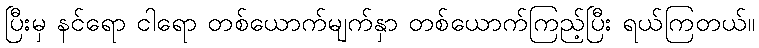
ပြီးမှ နင်ရော ငါရော တစ်ယောက်မျက်နှာ တစ်ယောက်ကြည့်ပြီး ရယ်ကြတယ်။